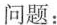
问题：